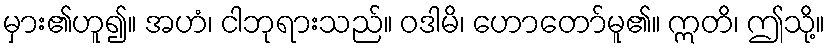
မှား၏ဟူ၍။ အဟံ၊ ငါဘုရားသည်။ ဝဒါမိ၊ ဟောတော်မူ၏။ ဣတိ၊ ဤသို့။